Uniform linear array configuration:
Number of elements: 4
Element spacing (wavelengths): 0.25
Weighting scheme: hamming
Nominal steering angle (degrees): -60
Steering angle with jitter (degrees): -58.432
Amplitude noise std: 0.05
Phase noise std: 0.05

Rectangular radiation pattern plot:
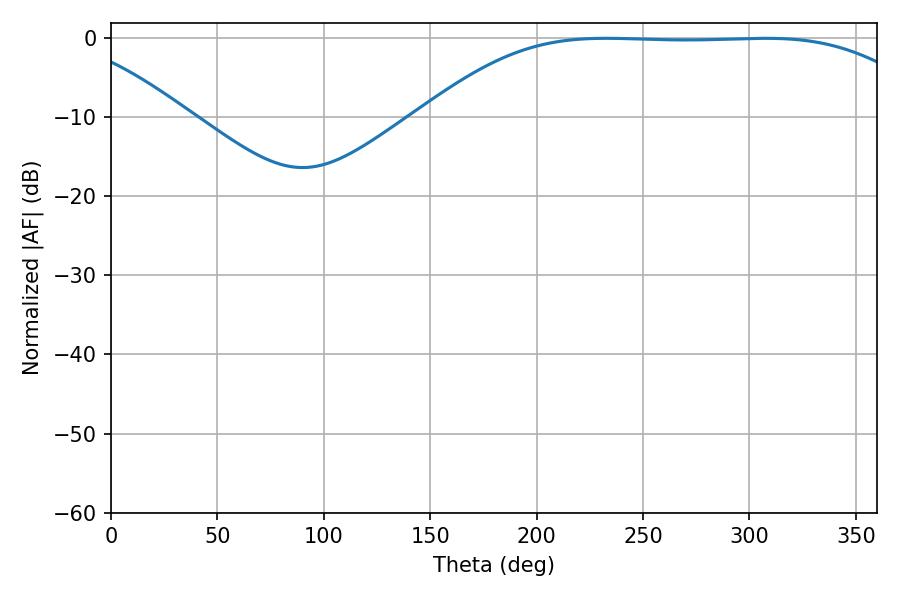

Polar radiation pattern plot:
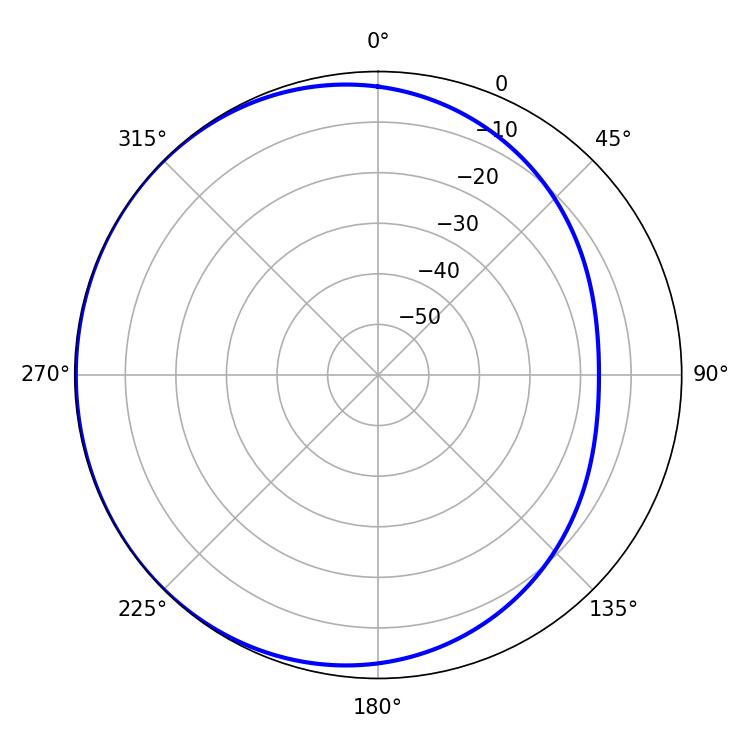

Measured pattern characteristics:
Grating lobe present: FALSE
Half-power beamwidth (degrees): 180
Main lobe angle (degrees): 232.74